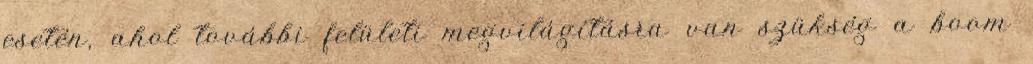
esetén, ahol további felületi megvilágításra van szükség a boom